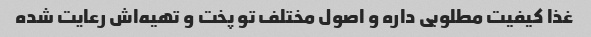
غذا کیفیت مطلوبی داره و اصول مختلف تو پخت و تهیه‌اش رعایت شده